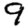
Digit: 9